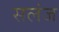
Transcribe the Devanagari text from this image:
सलंज